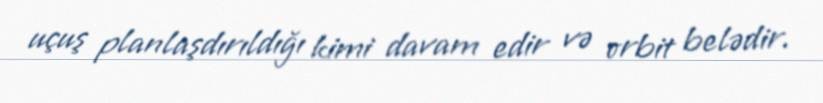
uçuş planlaşdırıldığı kimi davam edir və orbit belədir.